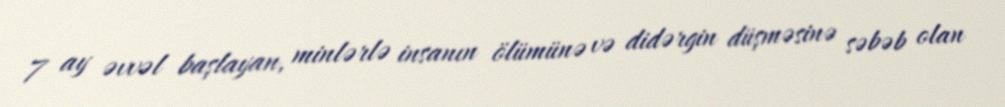
7 ay əvvəl başlayan, minlərlə insanın ölümünə və didərgin düşməsinə səbəb olan